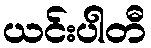
ယင်းပါတီ